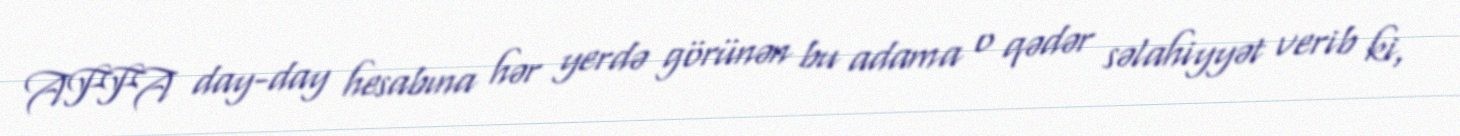
AFFA day-day hesabına hər yerdə görünən bu adama o qədər səlahiyyət verib ki,